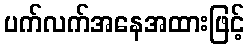
ပက်လက်အနေအထားဖြင့်